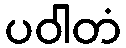
ပဝါတံ